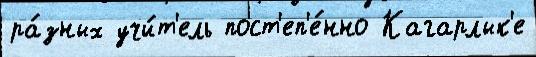
ра́зных учи́т'ель пост'еп'е́нно Кагарлык'е